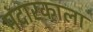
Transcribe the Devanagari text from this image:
मंदारकाला